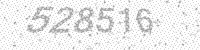
Solution: 528516